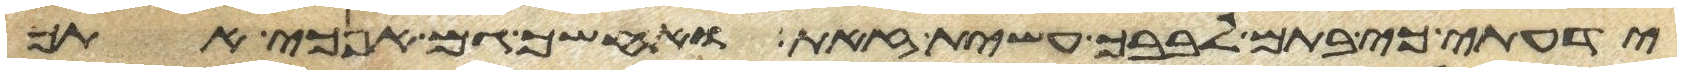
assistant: ידעתי כי בתם לבבך עשית זאת ואחשך גם אנכי אתך